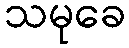
သမုခေ